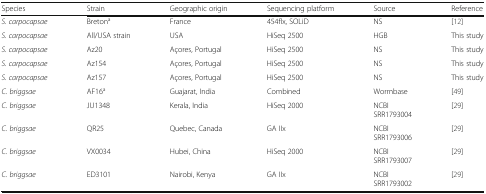
| Species | Strain | Geographic origin | Sequencing platform | Source | Reference |
 | --- | --- | --- | --- | --- | --- |
 | S. carpocapsae | Bretona | France | 454flx, SOLiD | NS | [12] |
 | S. carpocapsae | All/USA strain | USA | HiSeq 2500 | HGB | This study |
 | S. carpocapsae | Az20 | Açores, Portugal | HiSeq 2500 | NS | This study |
 | S. carpocapsae | Az154 | Açores, Portugal | HiSeq 2500 | NS | This study |
 | S. carpocapsae | Az157 | Açores, Portugal | HiSeq 2500 | NS | This study |
 | C. briggsae | AF16a | Guajarat, India | Combined | Wormbase | [49] |
 | C. briggsae | JU1348 | Kerala, India | HiSeq 2000 | NCBISRR1793004 | [29] |
 | C. briggsae | QR25 | Quebec, Canada | GA IIx | NCBISRR1793006 | [29] |
 | C. briggsae | VX0034 | Hubei, China | HiSeq 2000 | NCBISRR1793007 | [29] |
 | C. briggsae | ED3101 | Nairobi, Kenya | GA IIx | NCBISRR1793002 | [29] |